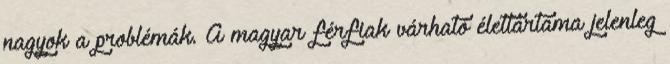
nagyok a problémák. A magyar férfiak várható élettartama jelenleg